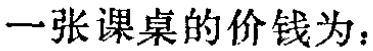
一张课桌的价钱为：